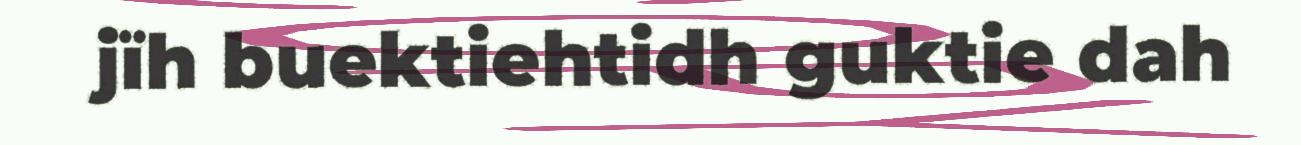
jïh buektiehtidh guktie dah